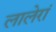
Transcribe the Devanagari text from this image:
लालेरां